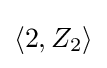
\left\langle 2,Z_{2}\right\rangle